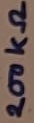
Text: 200KΩ